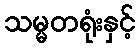
သမ္မတရုံးနှင့်